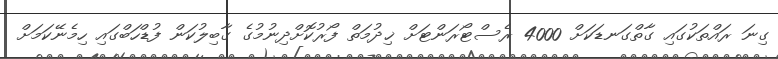
ގިނަ ރައްތަކުގައި ގާތްގަނޑަކަށް 4000 ރެސްޓޯރަންޓަށް ޚިދުމަތް ފޯރުކޮށްދިނުމުގެ ގާބިލުކަން ފުޑްހަބްގައި ހިމެނޭކަމަށް